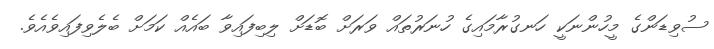
ސުވިޑަންގެ މީހުންނަކީ ހަނގުރާމައިގެ ހުނަރުތައް ވަރަށް ބޮޑަށް ލިބިފައިވާ ބައެއް ކަމަށް ބެލެވިފައިވެއެވެ.